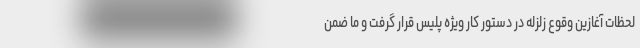
لحظات آغازین وقوع زلزله در دستور کار ویژه پلیس قرار گرفت و ما ضمن